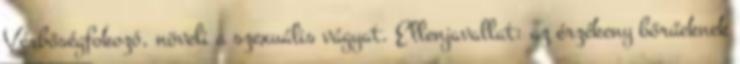
Vérbőségfokozó, növeli a szexuális vágyat. Ellenjavallat: az érzékeny bőrűeknek